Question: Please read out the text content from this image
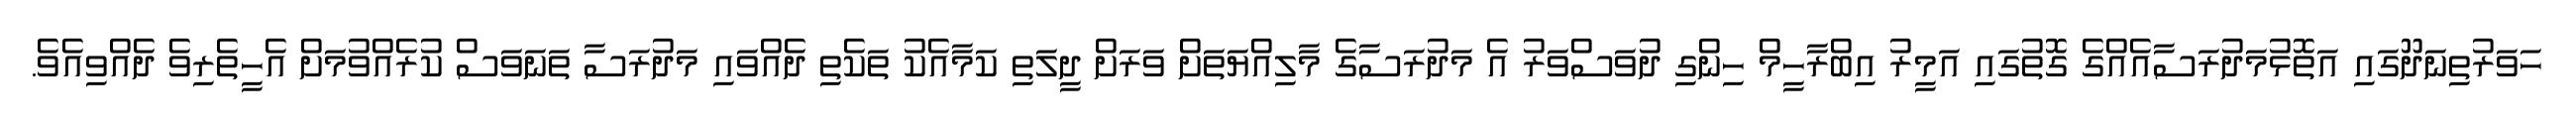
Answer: ހަވަރުތިނަދޫގައި އަތޮޅުމަދުރަސާއެއްގެ ގޮތުގައި އަމީރު އިބްރާހީމް ހިންގި ދުވަސްވަރު އެ މަދުރަސާގެ މާލިއްޔަތަށް ވަރަށް ދީލަތި ކަމާއެކު ތަކެތި ދެއްވައި މަދުރަސާ ތަނަވަސް ކުރެއްވުމަށް އެހީތެރިވެ ދެއްވިއެވެ.